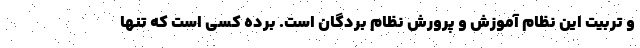
و تربیت این نظام آموزش و پرورش نظام بردگان است. برده کسی است که تنها